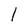
Character: l